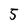
Character: 5